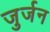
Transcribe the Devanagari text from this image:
जुर्जन